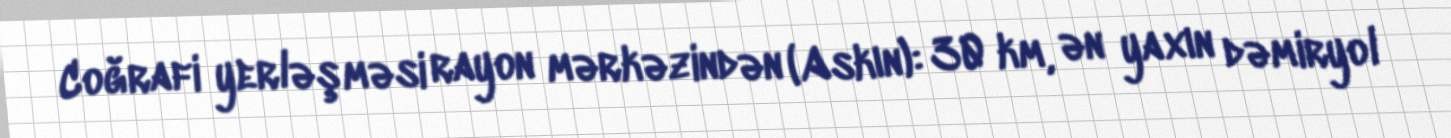
Coğrafi yerləşməsi rayon mərkəzindən (Askın): 30 km, ən yaxın dəmiryol